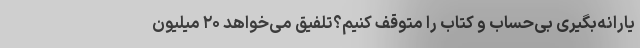
یارانه‌بگیری بی‌حساب و کتاب را متوقف کنیم؟تلفیق می‌خواهد ۲۰ میلیون